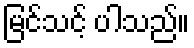
မြင်သင့် ပါသည်။